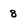
Character: 8